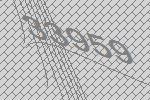
33959